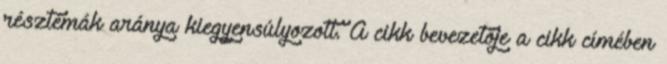
résztémák aránya kiegyensúlyozott. A cikk bevezetője a cikk címében